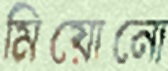
মিয়োনো